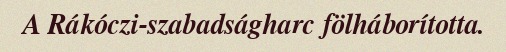
A Rákóczi-szabadságharc fölháborította.